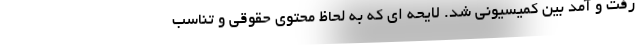
رفت و آمد بین کمیسیونی شد. لایحه ای که به لحاظ محتوی حقوقی و تناسب